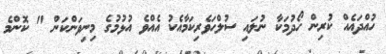
ހުއްދައެއް ކުރިން ހޯދުމަކާ ނުލައި ސުލްހަވެރިކަމާއެކު އެއްވެ އުޅުމުގެ މިނިވަންކަން " ކޮންމެ